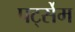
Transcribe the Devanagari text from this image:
पर्ट्सेम